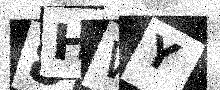
Text: 8HWY